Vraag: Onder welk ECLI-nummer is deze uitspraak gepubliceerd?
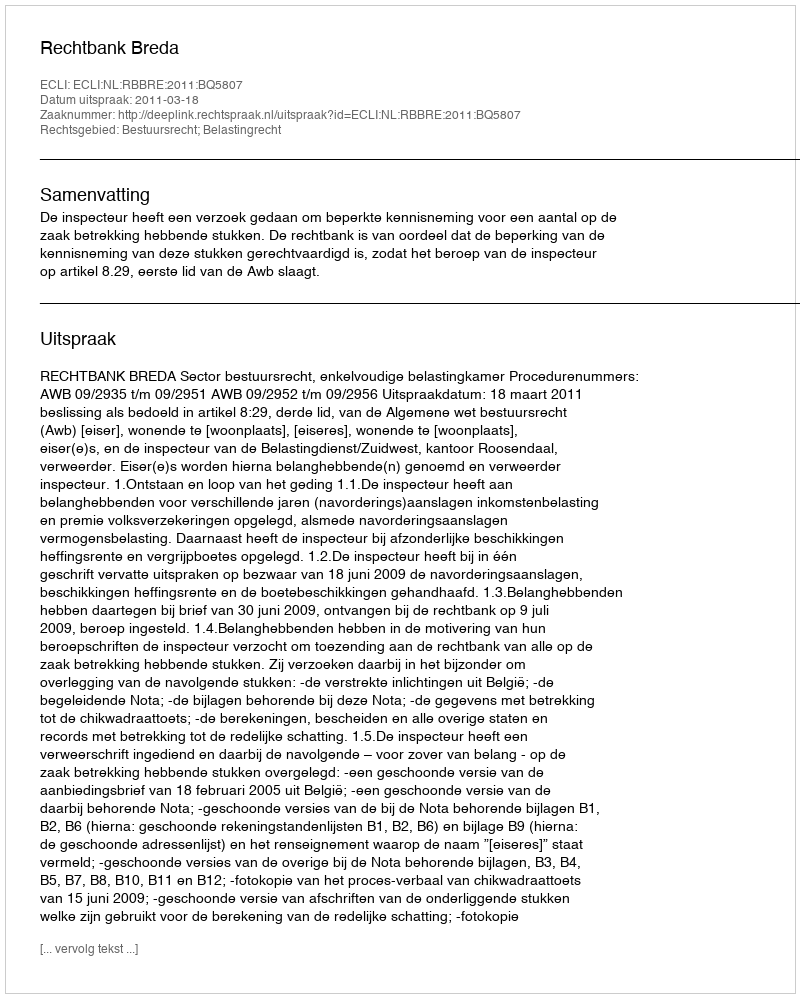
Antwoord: ECLI:NL:RBBRE:2011:BQ5807